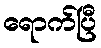
ရောက်ပြီ